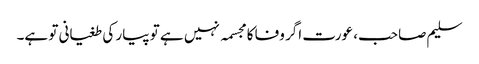
سلیم صاحب، عورت اگر وفا کا مجسمہ نہیں ہے تو پیار کی طغیانی تو ہے۔